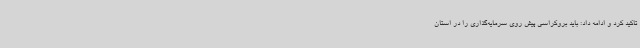
تاکید کرد و ادامه داد: باید بروکراسی پیش روی سرمایه‌گذاری را در استان